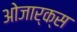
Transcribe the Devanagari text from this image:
ओजार्क्स